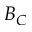
B _ { C }